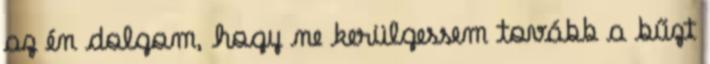
az én dolgom, hogy ne kerülgessem tovább a bűzt